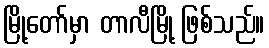
မြို့တော်မှာ တာလီမြို့ ဖြစ်သည်။